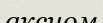
аксиом